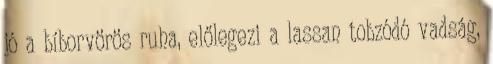
jó a bíborvörös ruha, előlegezi a lassan tobzódó vadság,